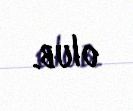
olub.